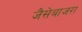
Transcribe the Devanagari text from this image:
जैसेबाजरा